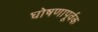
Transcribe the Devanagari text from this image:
घोषणापूर्वक